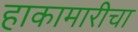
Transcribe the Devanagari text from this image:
हाकामारीचा